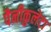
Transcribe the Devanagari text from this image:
पैनीकुलेटा